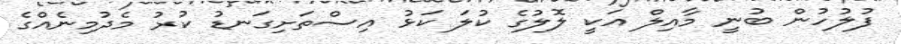
ފުލުހުން ބުނީ މާއިލް އަކީ ލޮލުގެ ކުލަ ކަޅު އިސްތަށިގަނޑު ކުރު މެދުމިނެއްގެ